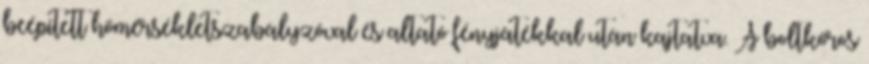
beépített hőmérsékletszabályzóval és altató fényjátékkal után kajtatva. A boltkóros